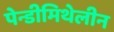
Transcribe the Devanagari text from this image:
पेन्डीमिथेलीन